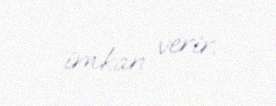
imkan verir.